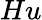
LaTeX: Hu